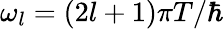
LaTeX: \omega_{l}=(2l+1)\pi T/\hbar